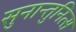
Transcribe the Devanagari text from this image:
सुनान्तुनित्स